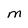
Character: M